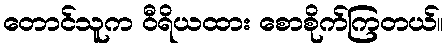
တောင်သူက ဝီရိယထား စောစိုက်ကြတယ်။